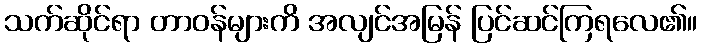
သက်ဆိုင်ရာ တာဝန်များကိ အလျင်အမြန် ပြင်ဆင်ကြရလေ၏။